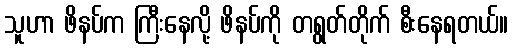
သူဟာ ဖိနပ်က ကြီးနေလို့ ဖိနပ်ကို တရွတ်တိုက် စီးနေရတယ်။